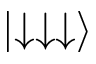
\mid \downarrow \downarrow \downarrow \rangle